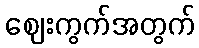
ဈေးကွက်အတွက်